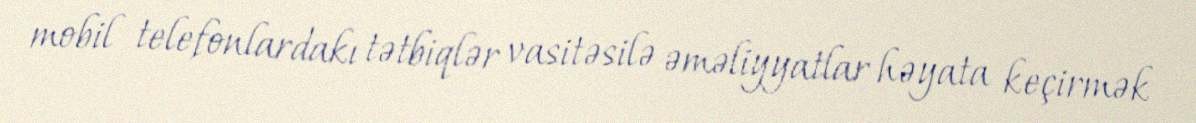
mobil telefonlardakı tətbiqlər vasitəsilə əməliyyatlar həyata keçirmək